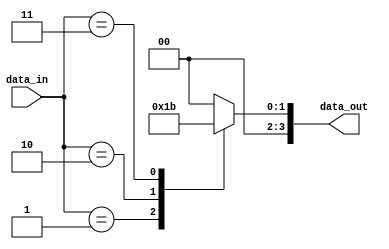
module encoder(
    input [7:0] data_in,
    output reg [3:0] data_out
);

always @(*) begin
    case(data_in)
        8'b00000000: data_out = 4'b0000;
        8'b00000001: data_out = 4'b0001;
        8'b00000010: data_out = 4'b0010;
        8'b00000011: data_out = 4'b0011;
        // Add more cases for other encoding rules
        default: data_out = 4'b0000; // Default case
    endcase
end

endmodule